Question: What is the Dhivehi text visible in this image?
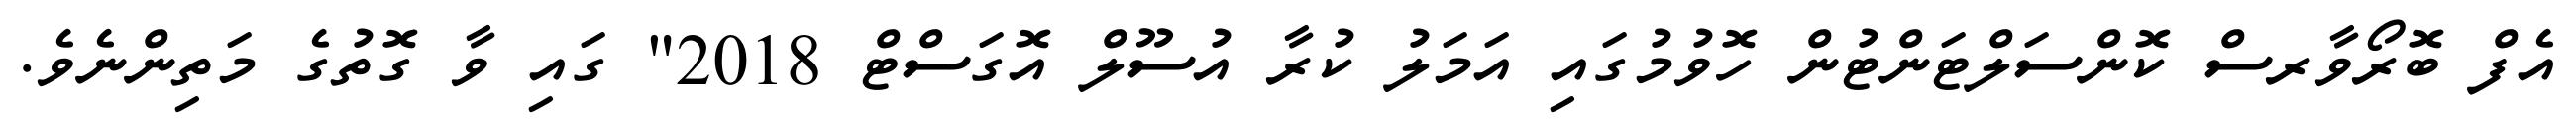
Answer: އެފް ބޮރޯވާރސް ކޮންސަލްޓަންޓުން ހޮވުމުގައި އަމަލު ކުރާ އުސޫލް އޮގަސްޓް 2018" ގައި ވާ ގޮތުގެ މަތިންނެވެ.